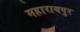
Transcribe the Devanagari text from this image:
महारायपुर